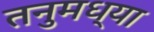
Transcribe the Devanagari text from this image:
तनुमध्या